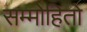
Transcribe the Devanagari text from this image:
सम्मोहितो